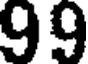
99